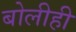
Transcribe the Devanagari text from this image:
बोलीही